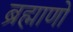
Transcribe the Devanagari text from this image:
ब्रह्माणो